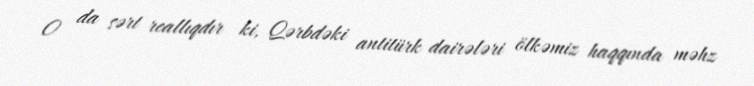
O da sərt reallıqdır ki, Qərbdəki antitürk dairələri ölkəmiz haqqında məhz